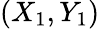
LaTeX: (X_{1},Y_{1})